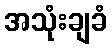
အသုံးချခံ